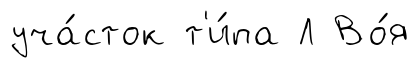
уча́сток т'и́па Л Во́я